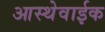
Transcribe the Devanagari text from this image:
आस्थेवाईक